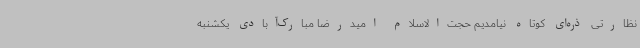
نظارتی ذره‌ای کوتاه نیامدیم حجت‌الاسلام امیدرضا مبارک‌آبادی یکشنبه